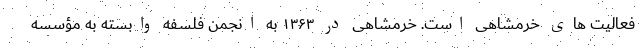
فعالیت های خرمشاهی است. خرمشاهی در ۱۳۶۳ به انجمن فلسفه وابسته به مؤسسه